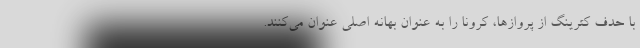
با حدف کترینگ از پروازها، کرونا را به عنوان بهانه اصلی عنوان می‌کنند.